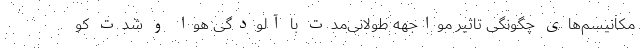
مکانیسم‌های چگونگی تاثیر مواجهه طولانی‌مدت با آلودگی هوا و شدت کو